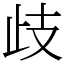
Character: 歧